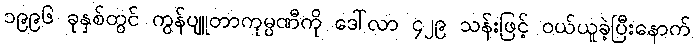
၁၉၉၆ ခုနှစ်တွင် ကွန်ပျူတာကုမ္ပဏီကို ဒေါ်လာ ၄၂၉ သန်းဖြင့် ဝယ်ယူခဲ့ပြီးနောက်